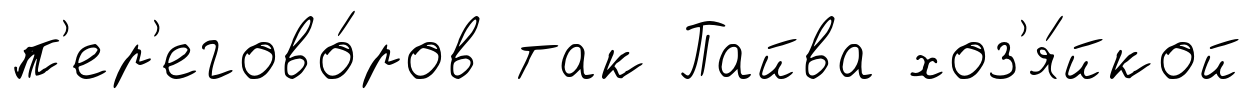
п'ер'егово́ров так Пайва хоз'я́йкой